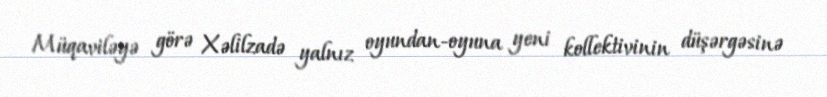
Müqaviləyə görə Xəlilzadə yalnız oyundan-oyuna yeni kollektivinin düşərgəsinə